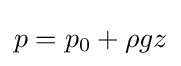
p=p_{0}+\rho gz